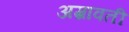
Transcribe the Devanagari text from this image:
अम्रावती